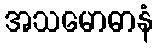
အသမောဓာနံ